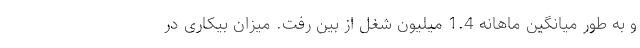
و به طور میانگین ماهانه 1.4 میلیون شغل از بین رفت. میزان بیکاری در